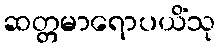
ဆတ္တမာရောပယိံသု